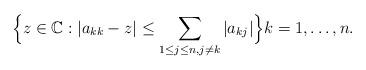
LaTeX: \begin{align*} \Bigl\{z\in\mathbb C:|a_{kk} - z| \leq \sum_{1\leq j\leq n, j\ne k} |a_{kj}|\Bigr\} k=1,\dots, n. \end{align*}